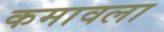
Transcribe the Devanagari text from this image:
कमावला